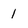
Character: 1